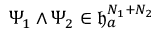
\Psi _ { 1 } \wedge \Psi _ { 2 } \in \mathfrak { h } _ { a } ^ { N _ { 1 } + N _ { 2 } }